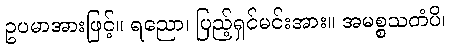
ဥပမာအားဖြင့်။ ရညော၊ ပြည့်ရှင်မင်းအား။ အမစ္စသတံပိ၊